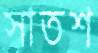
সাতশ